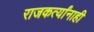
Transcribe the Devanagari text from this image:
राजकर्त्यांनाही